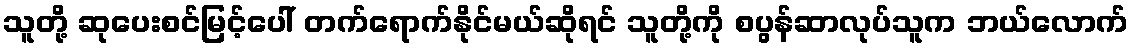
သူတို့ ဆုပေးစင်မြင့်ပေါ် တက်ရောက်နိုင်မယ်ဆိုရင် သူတို့ကို စပွန်ဆာလုပ်သူက ဘယ်လောက်